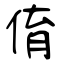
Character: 俼